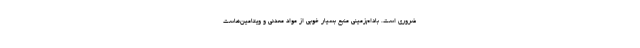
ضروری است. بادام‌زمینی منبع بسیار خوبی از مواد معدنی و ویتامین‌هاست